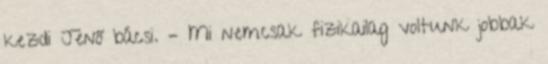
kezdi Jenő bácsi. – Mi nemcsak fizikailag voltunk jobbak